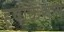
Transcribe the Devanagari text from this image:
हृषीकेशाय